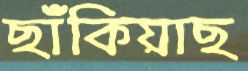
ছাঁকিয়াছ